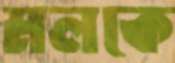
মলকে